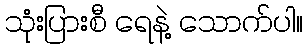
သုံးပြားစီ ရေနဲ့ သောက်ပါ။